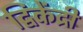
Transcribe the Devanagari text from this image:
द्विकेंद्री